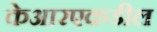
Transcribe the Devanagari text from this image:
केआरएकडील